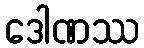
ဒေါဏဿ